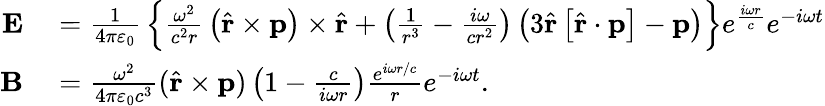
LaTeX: \begin{array}{rl}{\mathbf{E}}&{{}={\frac{1}{4\pi\varepsilon_{0}}}\left\{ {\frac{\omega^{2}}{c^{2}r}}\left({\hat{\mathbf{r}}}\times\mathbf{p}\right)\times{\hat{\mathbf{r}}}+\left({\frac{1}{r^{3}}}-{\frac{i\omega}{cr^{2}}}\right)\left(3{\hat{\mathbf{r}}}\left[{\hat{\mathbf{r}}}\cdot\mathbf{p}\right]-\mathbf{p}\right)\right\} e^{\frac{i\omega r}{c}}e^{-i\omega t}}\\ {\mathbf{B}}&{{}={\frac{\omega^{2}}{4\pi\varepsilon_{0}c^{3}}}({\hat{\mathbf{r}}}\times\mathbf{p})\left(1-{\frac{c}{i\omega r}}\right){\frac{e^{i\omega r/c}}{r}}e^{-i\omega t}.}\end{array}